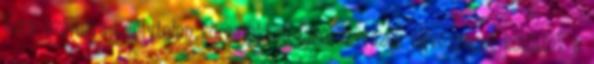
Gore számára esélytelen körzetekben lakó szavazók egyezséget kötöttek a